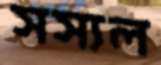
সস্যল